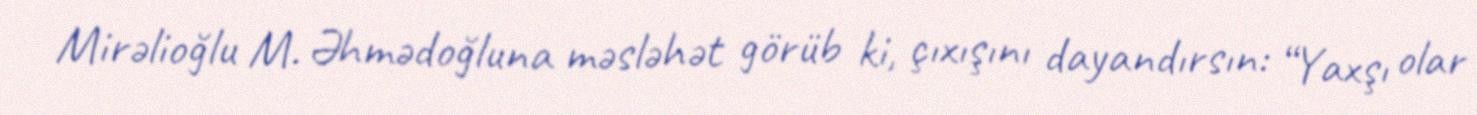
Mirəlioğlu M. Əhmədoğluna məsləhət görüb ki, çıxışını dayandırsın: “Yaxşı olar